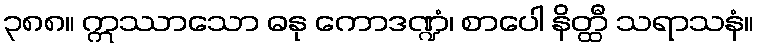
၃၈၈။ ဣဿာသော ဓနု ကောဒဏ္ဍံ၊ စာပေါ နိတ္ထီ သရာသနံ။